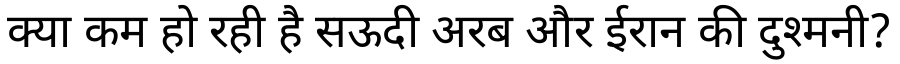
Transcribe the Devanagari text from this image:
क्या कम हो रही है सऊदी अरब और ईरान की दुश्मनी?